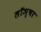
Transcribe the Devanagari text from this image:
लॉञ्चर